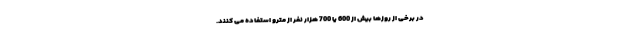
در برخی از روزها بیش از 600 یا 700 هزار نفر از مترو استفاده می کنند.